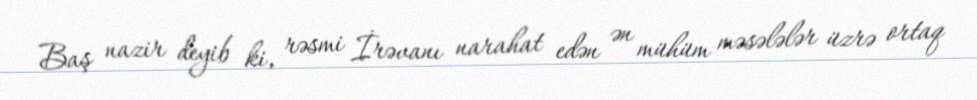
Baş nazir deyib ki, rəsmi İrəvanı narahat edən ən mühüm məsələlər üzrə ortaq